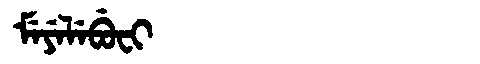
Manchu: ᠮᡝᠶᡝᠯᡝᠪᡠᠸᡳ
Romanization: MEYELEBUFI